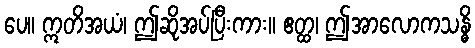
ပေ။ ဣတိအယံ၊ ဤဆိုအပ်ပြီးကား။ ဧတ္ထ၊ ဤအာလောကသန္ဓိ